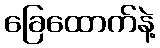
ခြေထောက်နဲ့